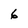
Character: 6